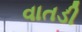
વાતડી